Vaccination in Burma 1889-1999 - 1889-1999
Year: 1889
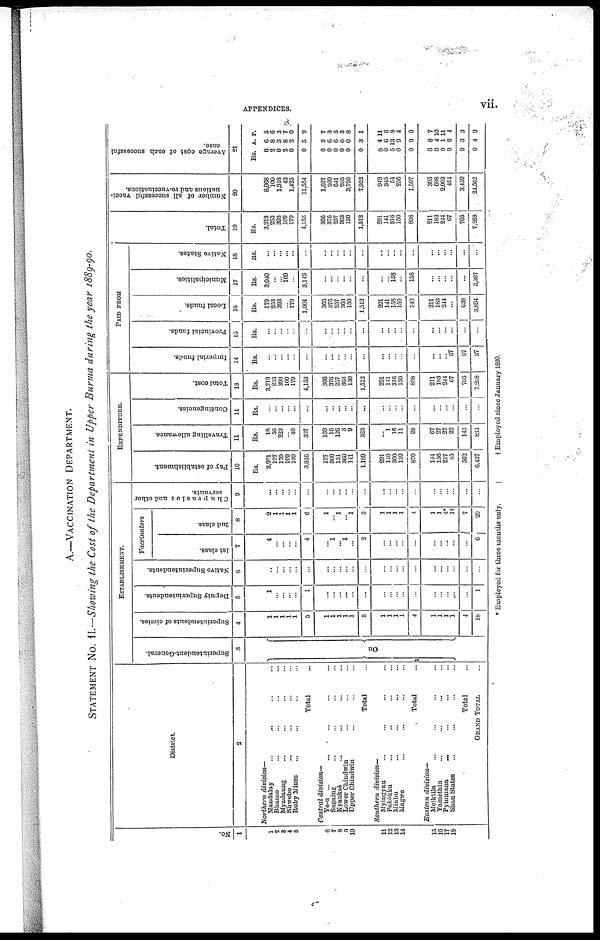
APPENDICES.
vii.
A.—VACCINATION DEPARTMENT.
STATEMENT No. II.—Showing the Cost of the Department in Upper Burma during the year 1889-90.
No.
1
1
4
3
4
5
6
7
8
9
10
11
12
13
14
15
16
17
18
District.
2
Northern
division—
Mandalay
... ... ... ...
Bhamo ... ... ... ...
Myadaung ... ... ... ...
Shwebo ... ... ... ...
Ruby Mines ... ... ... ...
Total ...
Central
division—
Ye-u ... ... ... ... ...
Sagaing ... ... ... ...
Kyauksè ... ... ... ...
Lower Chindwin ... ... ...
Upper Chindwin ... ... ...
Total ...
Southern
division—
Myingyan ... ... ... ...
Pakókku ... ... ... ...
Minbu ... ... ... ...
Magwe ... ... ...
Total ...
Eastern
division—
Meiktila ... ... ... ...
Yamèthin ... ... ... ...
Pyinmana ... ... ... ...
Shan States ... ... ... ...
Total ...
GRAND TOTAL ...
ESTABLISHMENT.
Superintendent-General.
3
On
Superintendents of circles.
4
...
...
...
...
...
5
...
...
...
...
...
5
1
1
1
1
4
1
1
1
1
4
18
Deputy Superintendents.
5
1
...
...
...
...
1
...
...
...
...
...
...
...
...
...
...
...
...
...
...
...
...
1
Native Superintendents.
0
...
...
...
...
...
...
...
...
...
...
...
...
...
...
...
...
...
...
...
...
...
...
...
Vaccinators
1st class.
7
4
...
...
...
...
4
...
1
... 1
...
2
...
...
...
...
...
...
...
...
...
...
6
2nd class.
8
2
1
...
1
1
6
1
...
1
...
1
3
1
1
1
1
4
1
1
4*
1 †
7
20
Chaprasies and other
servants.
a
...
...
...
...
...
...
...
...
...
...
...
...
...
...
...
...
...
...
...
...
...
...
...
EXPENDITURE.
Pay of establishment.
10
Rs.
3,201
197
170
109
139
3,816
197
360
131
360
141
1,189
291
140
300
139
870
144
150
217
45
562
6,437
Travelling allowance.
11
Rs.
18
56
223
...
40
337
169
16
126
3
9
323
...
1
16
11
28
67
27
27
22
143
831
Contingencies.
11
Rs.
...
...
...
...
...
...
...
...
...
...
...
...
...
...
...
...
...
...
...
...
...
...
...
Total cost.
13
Rs.
3,219
253
393
109
179
4,153
366
376
257
363
150
1,512
291
141
316
150
898
211
183
244
67
705
7,268
PAID FROM
Imperial funds.
14
Rs.
...
...
...
...
...
...
...
...
...
...
...
...
...
...
...
...
...
...
...
...
67
67
67
Provincial funds.
15
Rs.
...
...
...
...
...
...
...
...
...
...
...
...
...
...
...
...
...
...
...
...
...
...
...
Local funds.
1C
Rs.
179
253
393
...
179
1,004
366
376
257
363
150
1,512
291
141
158
150
740
211
183
244
...
638
3,894
Municipalities.
17
Rs.
3,040
...
...
109
...
3,149
...
...
...
...
...
...
...
...
158
...
158
...
...
...
...
...
3,307
Native States.
18
Rs.
...
...
...
...
...
...
...
...
...
...
...
...
...
...
...
...
...
...
...
...
...
...
...
Total.
19
Rs.
3,219
253
393
109
179
4,153
366
376
257
363
150
1,512
291
141
316
150
898
211
183
244
67
705
7,268
Number of all successful vacci-
nations and re-vaccinations.
20
8,068
100
1,918
43
1,425
11,554
1,627
959
641
935
3,790
7,952
942
345
54
256
1,597
395
608
2,002
454
3,459
24,562
Average cost of each successful
case.
21
Rs.
0
2
0
2
0
0
A.
6
8
3
8
2
5
P.
5
6
3
7
0
9
0
0
0
0
0
0
3
6
6
6
0
3
7
3
5
3
8
1
0
0
5
0
0
4
6
13
9
9
11
6
8
4
0
0
0
0
0
0
0
8
4
1
2
3
4
7
10
11
4
3
9
* Employed for three months only.
† Employed since January 1890.